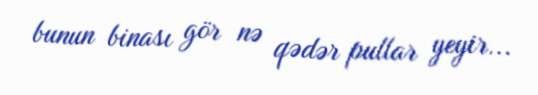
bunun binası gör nə qədər pullar yeyir...